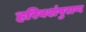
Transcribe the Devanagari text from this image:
हरिवशंपुराण